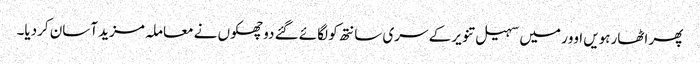
پھر اٹھارہویں اوور میں سہیل تنویر کے سری سانتھ کو لگائے گئے دو چھکوں نے معاملہ مزید آسان کردیا۔